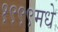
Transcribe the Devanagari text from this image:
१९९९मधे